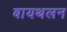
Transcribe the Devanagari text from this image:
बायथलन